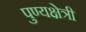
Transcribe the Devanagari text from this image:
पुण्यक्षेत्री